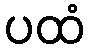
ပထံ